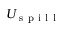
U _ { \mathrm { ~ s ~ p ~ i ~ l ~ l ~ } }